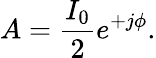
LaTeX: A={\frac{I_{0}}{2}}e^{+j\phi}.